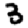
Digit: 3